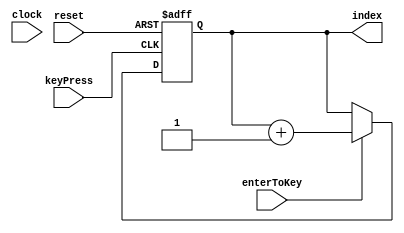
module key_counter (clock, reset, index, enterToKey, keyPress);
  input clock, reset, enterToKey, keyPress;
  output [3:0] index;
  reg [3:0] tmp;

  always @(posedge reset or negedge keyPress) begin
      if (reset) begin
			tmp <= 4'd0;
      end else begin
			if (enterToKey) begin
				tmp <= tmp + 4'd1;
			end
		end
  end
  assign index = tmp;
endmodule